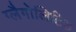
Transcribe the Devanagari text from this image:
ग्लैगोलिटिक